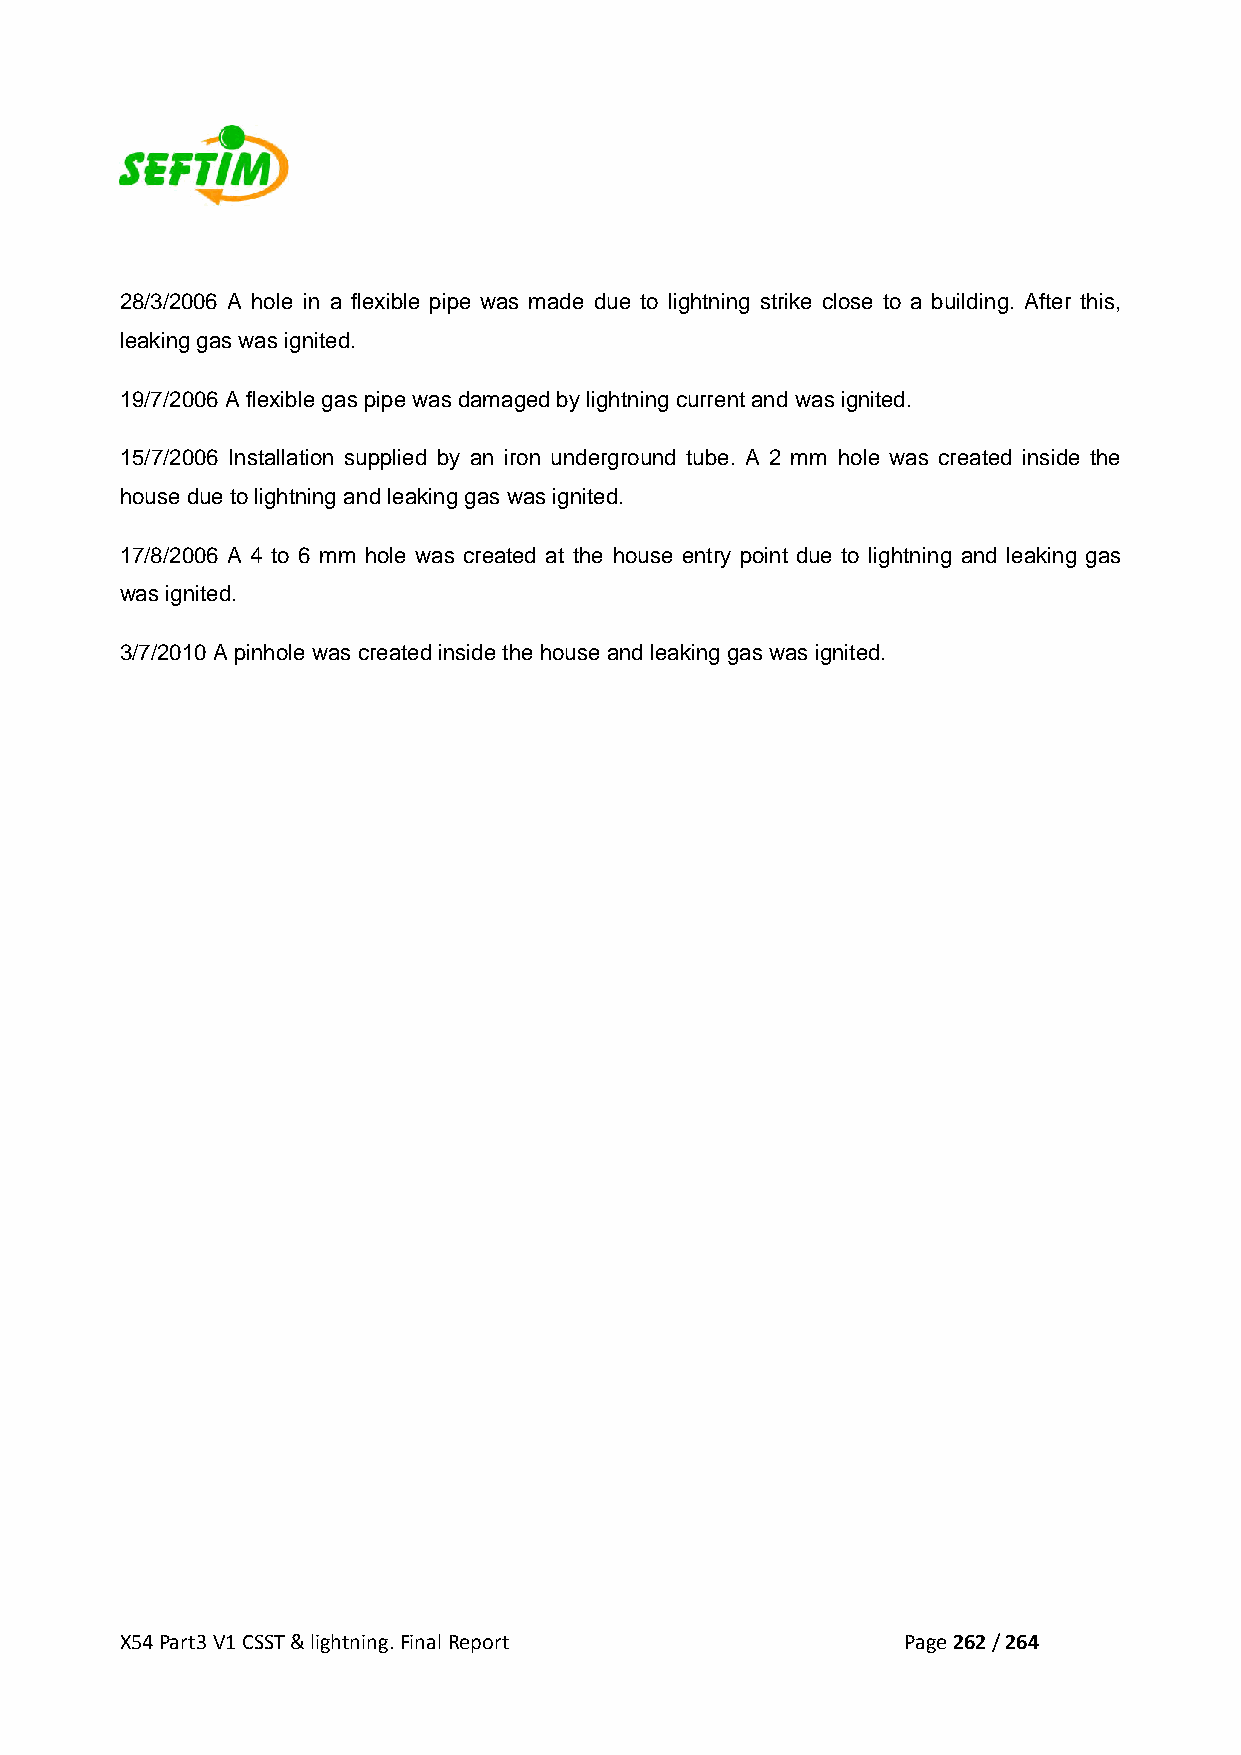
28/3/2006 A hole in a flexible pipe was made due to lightning strike close to a building. After this,
 leaking gas was ignited.
 19/7/2006 A flexible gas pipe was damaged by lightning current and was ignited.
 15/7/2006 Installation supplied by an iron underground tube. A 2 mm hole was created inside the
 house due to lightning and leaking gas was ignited.
 17/8/2006 A 4 to 6 mm hole was created at the house entry point due to lightning and leaking gas
 was ignited.
 3/7/2010 A pinhole was created inside the house and leaking gas was ignited.
 X54 Part3 V1 CSST & lightning. Final Report         Page 262 / 264